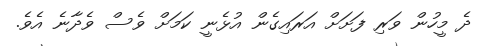
ދެ މީހުން ވަރި ފަށަށް އަރައިގެން އުޅެނީ ކަމަށް ވެސް ވެދާނެ އެވެ.